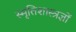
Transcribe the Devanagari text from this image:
स्मृतिशास्त्रज्ञों